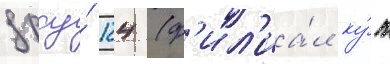
дрсу́ 124 (ф'ил'иа́л ку́п